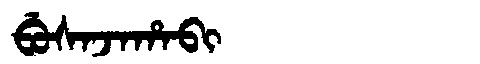
Manchu: ᠪᡠᠰᠠᠵᠠᡥᠠᠪᡳ
Romanization: BUSAJAHABI